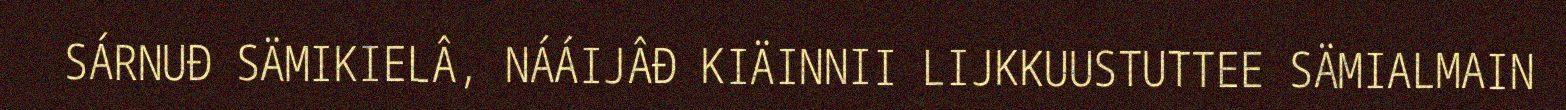
SÁRNUĐ SÄMIKIELÂ, NÁÁIJÂĐ KIÄINNII LIJKKUUSTUTTEE SÄMIALMAIN